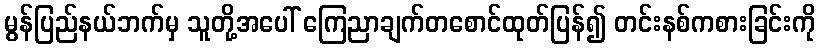
မွန်ပြည်နယ်ဘက်မှ သူတို့အပေါ် ကြေညာချက်တစောင်ထုတ်ပြန်၍ တင်းနစ်ကစားခြင်းကို